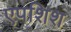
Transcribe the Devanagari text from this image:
एपशिश